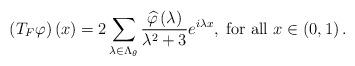
LaTeX: \begin{align*}\left(T_{F}\varphi\right)\left(x\right)=2\sum_{\lambda\in\Lambda_{\theta}}\frac{\widehat{\varphi}\left(\lambda\right)}{\lambda^{2}+3}e^{i\lambda x},\;\mbox{for all }x\in\left(0,1\right).\end{align*}